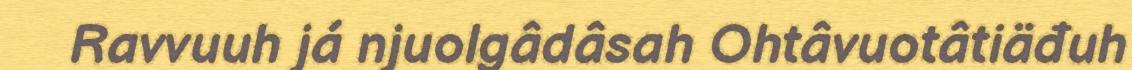
Ravvuuh já njuolgâdâsah Ohtâvuotâtiäđuh